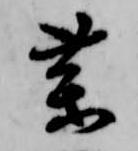
薬